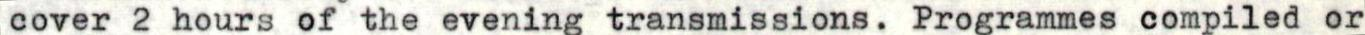
cover 2 hours of the evening transmissions. Programmes compiled or